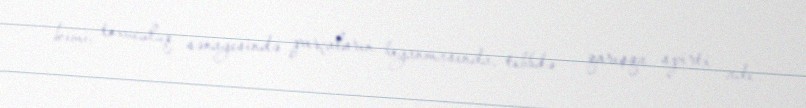
kimi, toxuculuq sənayesində parçaların boyanmasında, tibbdə - qarışqa spirti adı